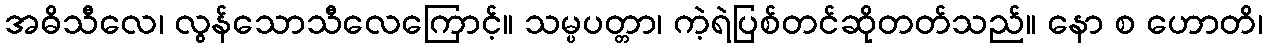
အဓိသီလေ၊ လွန်သောသီလေကြောင့်။ သမ္ပပတ္တာ၊ ကဲ့ရဲပြစ်တင်ဆိုတတ်သည်။ နော စ ဟောတိ၊